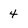
Character: 4